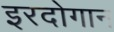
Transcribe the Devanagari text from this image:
इरदोगान